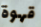
قهوة